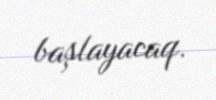
başlayacaq.